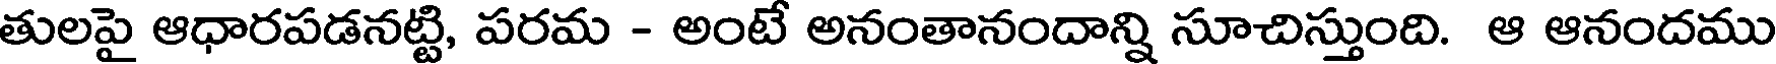
తులపై ఆధారపడనట్టి, పరమ - అంటే అనంతానందాన్ని సూచిస్తుంది. ఆ ఆనందము